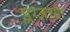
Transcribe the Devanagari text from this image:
प्लग्जच्या